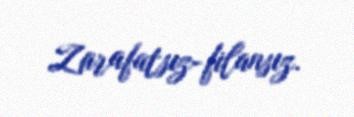
Zarafatsız-filansız.